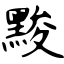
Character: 黢